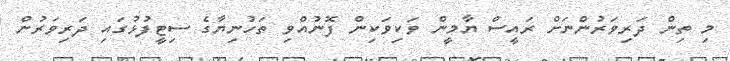
މި ތިން ދަރިވަރުންނަށް ރައީސް ޔާމީން ވަކިވަކިން ފޮނުއްވި ތަހުނިޔާގެ ސިޓީފުޅުގައި ދަރިވަރުން